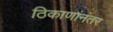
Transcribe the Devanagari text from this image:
ठिकाणांनंतर